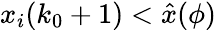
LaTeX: x_{i}(k_{0}+1)<\hat{x}(\phi)